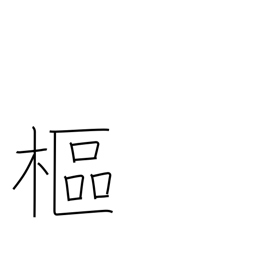
Meaning: pivot